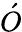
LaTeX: \acute{O}